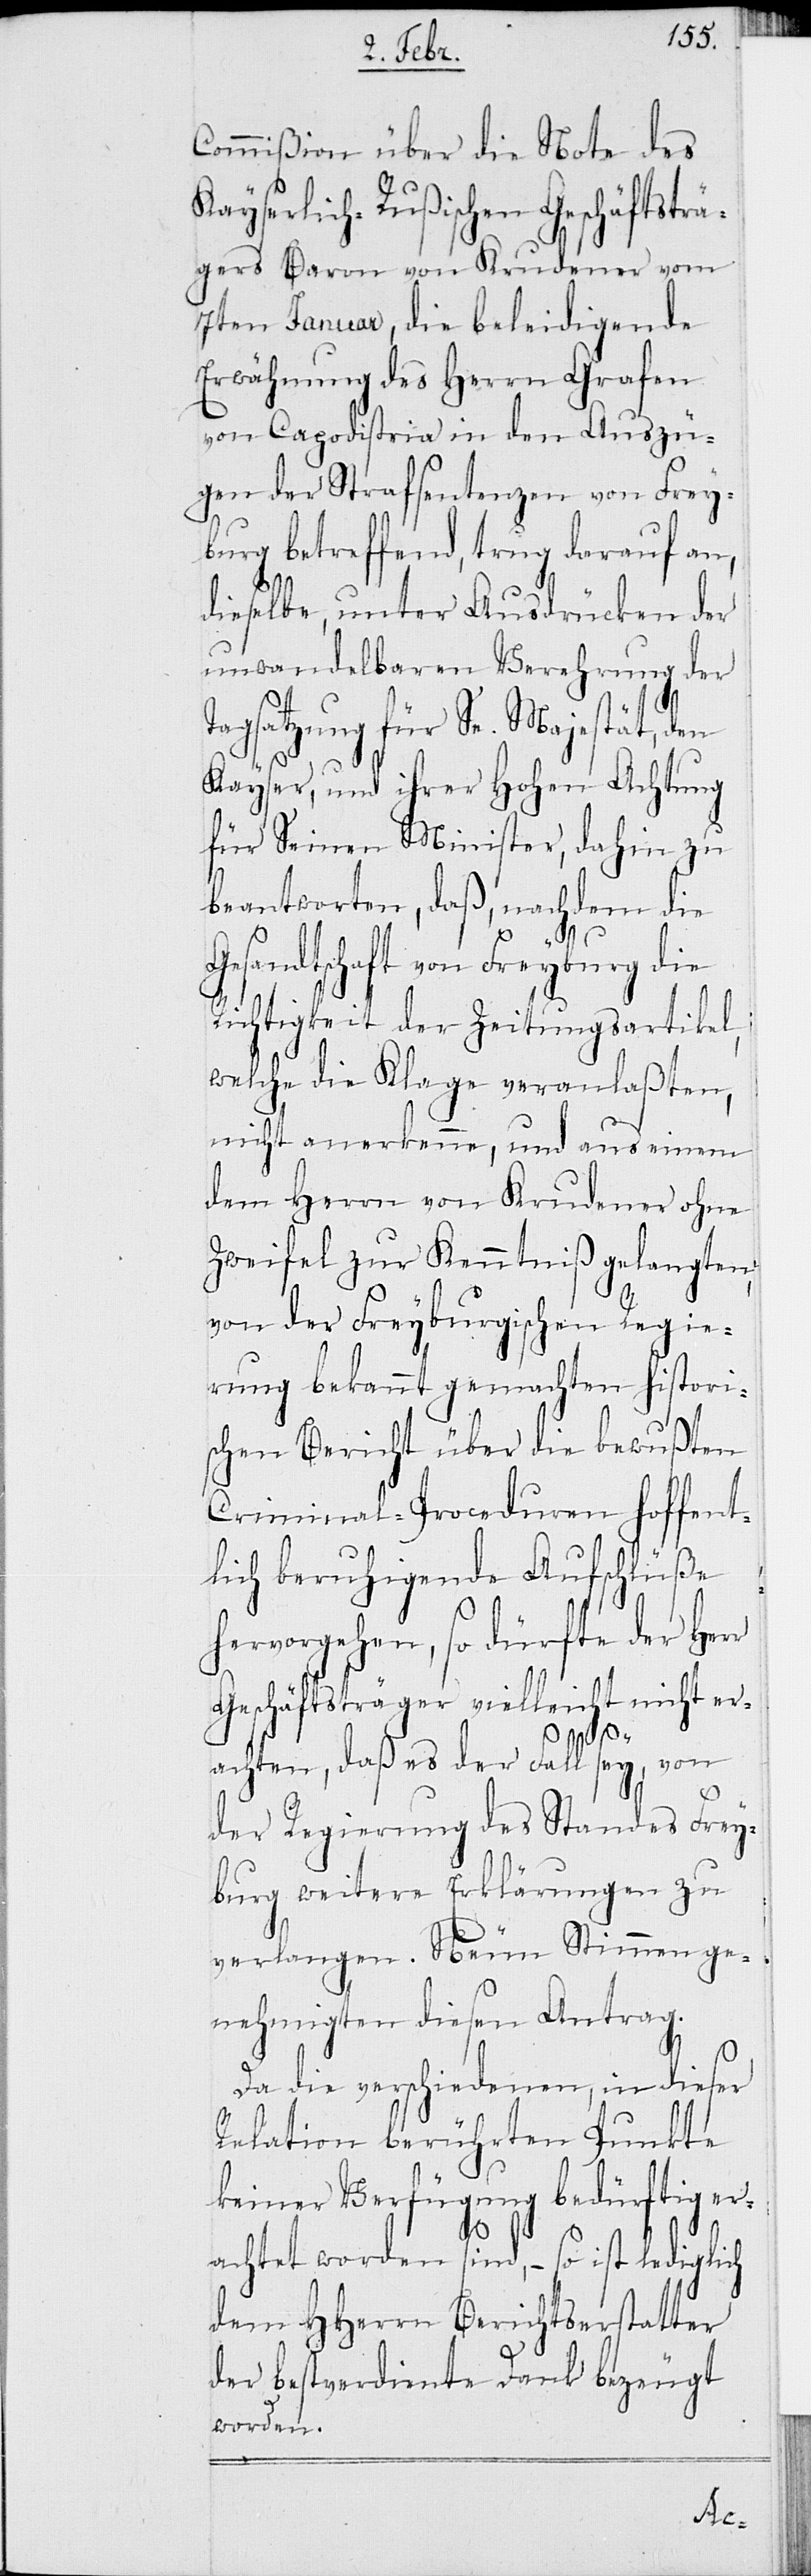
Commißion über die Note des
Kayserlich-Rußischen Geschäftsträ¬
gers Baron von Krudener vom
7ten Januar, die beleidigende
Erwähnung des Herrn Grafen
von Capodistria in den Auszü¬
gen der Strafsentenzen von Frey¬
burg betreffend, trug darauf an,
dieselbe, unter Ausdrücken der
unwandelbaren Verehrung der
Tagsatzung für Se. Majestät, den
Kayser, und ihrer Hohen Achtung
für Seinen Minister, dahin zu
beantworten, daß, nachdem die
esandtschaft von Freyburg die
Richtigkeit der Zeitungsartikel,
welche die Klage veranlaßten,
nicht anerkenne, und aus einem
dem Herrn von Krudener ohne
Zweifel zur Kenntniß gelangten,
von der Freyburgischen Regie¬
rung bekannt gemachten histori¬
schen Bericht über die bewußten
Criminal-Proceduren hoffent¬
lich beruhigende Aufschlüße
hervorgehen, so dürfte der Her¬
Geschäftsträger vielleicht nicht er¬
achten, daß es der Fall sey, von
der Regierung des Standes Frey¬
burg weitere Erklärungen zu
verlangen. Neun Stimmen ge¬
nehmigten diesen Antrag.
Da die verschiedenen, in dieser
Relation berührten Punkte
keiner Verfügung bedürftig er¬
r
achtet worden sind, – so ist lediglich
dem HHerrn Berichtserstatter
der bestverdiente Dank bezeugt
worden.